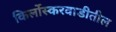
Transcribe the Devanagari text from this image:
किर्लोस्करवाडीतील